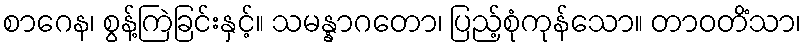
စာဂေန၊ စွန့်ကြဲခြင်းနှင့်။ သမန္နာဂတော၊ ပြည့်စုံကုန်သော။ တာဝတိံသာ၊